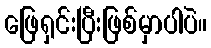
ဖြေရှင်းပြီးဖြစ်မှာပါပဲ။